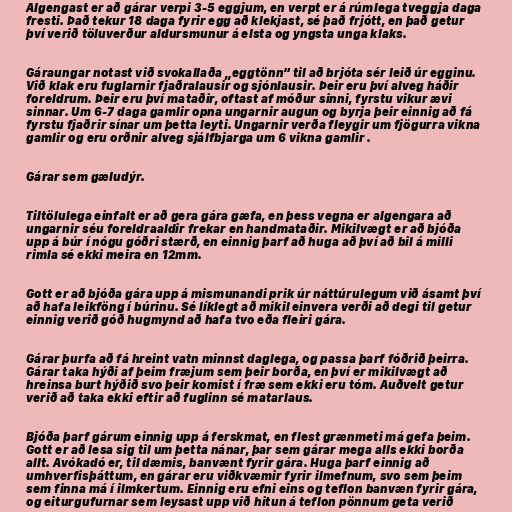
Algengast er að gárar verpi 3-5 eggjum, en verpt er á rúmlega tveggja daga
fresti. Það tekur 18 daga fyrir egg að klekjast, sé það frjótt, en það getur
því verið töluverður aldursmunur á elsta og yngsta unga klaks.

Gáraungar notast við svokallaða „eggtönn“ til að brjóta sér leið úr egginu.
Við klak eru fuglarnir fjaðralausir og sjónlausir. Þeir eru því alveg háðir
foreldrum. Þeir eru því mataðir, oftast af móður sinni, fyrstu vikur ævi
sinnar. Um 6-7 daga gamlir opna ungarnir augun og byrja þeir einnig að fá
fyrstu fjaðrir sínar um þetta leyti. Ungarnir verða fleygir um fjögurra vikna
gamlir og eru orðnir alveg sjálfbjarga um 6 vikna gamlir .

Gárar sem gæludýr.

Tiltölulega einfalt er að gera gára gæfa, en þess vegna er algengara að
ungarnir séu foreldraaldir frekar en handmataðir. Mikilvægt er að bjóða
upp á búr í nógu góðri stærð, en einnig þarf að huga að því að bil á milli
rimla sé ekki meira en 12mm.

Gott er að bjóða gára upp á mismunandi prik úr náttúrulegum við ásamt því
að hafa leikföng í búrinu. Sé líklegt að mikil einvera verði að degi til getur
einnig verið góð hugmynd að hafa tvo eða fleiri gára.

Gárar þurfa að fá hreint vatn minnst daglega, og passa þarf fóðrið þeirra.
Gárar taka hýði af þeim fræjum sem þeir borða, en því er mikilvægt að
hreinsa burt hýðið svo þeir komist í fræ sem ekki eru tóm. Auðvelt getur
verið að taka ekki eftir að fuglinn sé matarlaus.

Bjóða þarf gárum einnig upp á ferskmat, en flest grænmeti má gefa þeim.
Gott er að lesa sig til um þetta nánar, þar sem gárar mega alls ekki borða
allt. Avókadó er, til dæmis, banvænt fyrir gára. Huga þarf einnig að
umhverfisþáttum, en gárar eru viðkvæmir fyrir ilmefnum, svo sem þeim
sem finna má í ilmkertum. Einnig eru efni eins og teflon banvæn fyrir gára,
og eiturgufurnar sem leysast upp við hitun á teflon pönnum geta verið